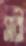
সারী